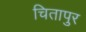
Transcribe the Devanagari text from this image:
चितापुर